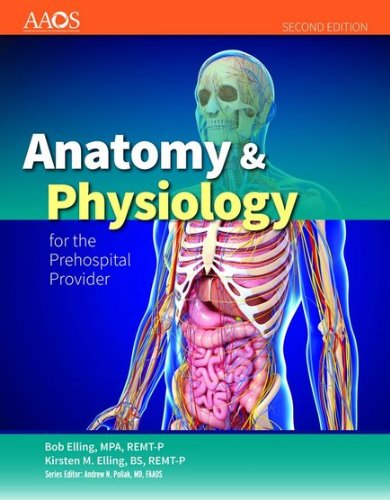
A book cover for Anatomy  &  Physiology For The Prehospital Provider (American Academy of Orthopaedic Surgeons); American Academy of Orthopaedic Surgeons (AAOS); Medical Books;